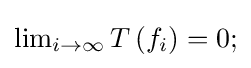
{\textstyle \lim _{i\to \infty }T\left(f_{i}\right)=0;}